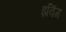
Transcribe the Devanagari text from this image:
इविंग